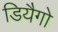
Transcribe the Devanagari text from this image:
डियैगो